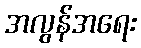
အလွန်အရေး